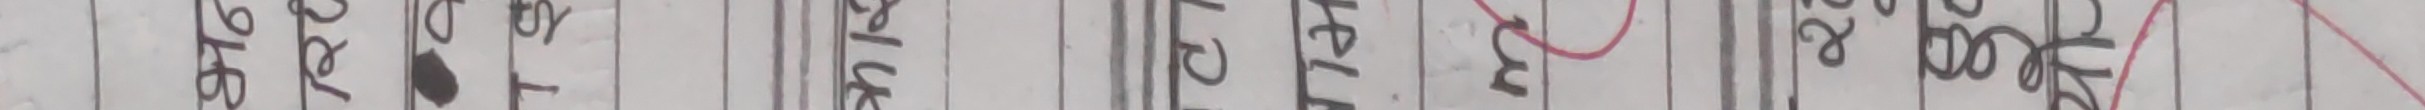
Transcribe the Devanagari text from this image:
ठिक रेलिय